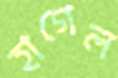
হাগেল